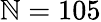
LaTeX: \mathbb{N}=105